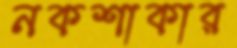
নকশাকার